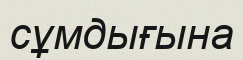
сұмдығына